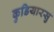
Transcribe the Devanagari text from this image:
कुडियारसु